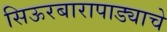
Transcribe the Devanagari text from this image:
सिऊरबारापाड्याचे